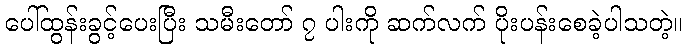
ပေါ်ထွန်းခွင့်ပေးပြီး သမီးတော် ၇ ပါးကို ဆက်လက် ပိုးပန်းစေခဲ့ပါသတဲ့။